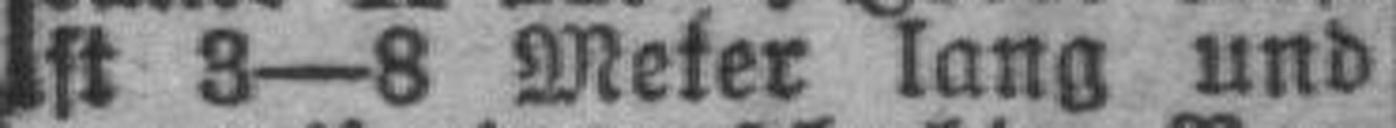
st 3—8 Meter lang und